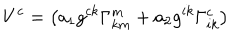
V ^ { c } = \left( a _ { 1 } g ^ { c k } \Gamma _ { k m } ^ { m } + a _ { 2 } g ^ { i k } \Gamma _ { i k } ^ { c } \right)